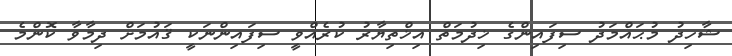
ޝާހިދު މުޙައްމަދު ސިފައިންގެ ޚިދުމަތް އިޚްތިޔާރު ކުރެއްވީ ސިފައިންނަކީ ޤައުމަށް ދިމާވާ ކޮންމެ